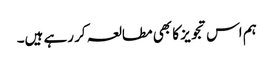
ہم اس تجویز کا بھی مطالعہ کر رہے ہیں۔